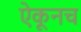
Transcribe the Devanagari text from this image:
ऐकूनच